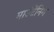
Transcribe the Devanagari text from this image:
माउंटेंनिग